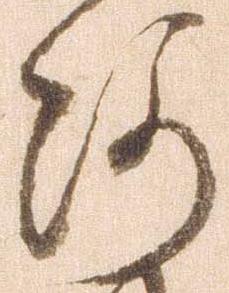
河